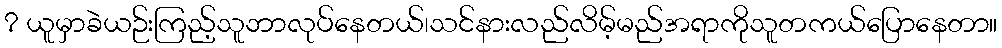
? ယူမှာခဲယဉ်းကြည့်သူဘာလုပ်နေတယ်၊သင်နားလည်လိမ့်မည်အရာကိုသူတကယ်ပြောနေတာ။